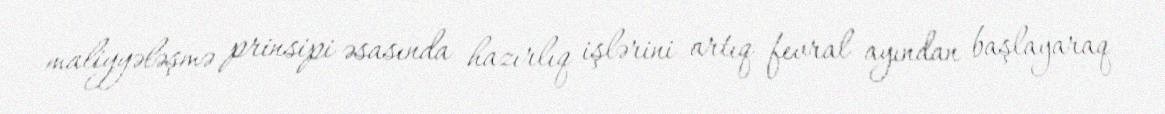
maliyyələşmə prinsipi əsasında hazırlıq işlərini artıq fevral ayından başlayaraq